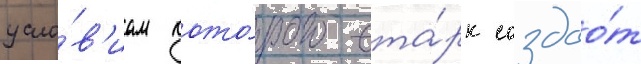
усло́в'иам кото́рого ста́рк создао́т